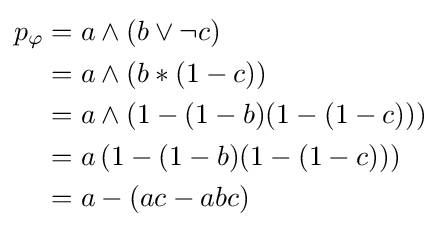
{\begin{aligned}p_{\varphi }&=a\wedge (b\vee \neg c)\\&=a\wedge \left(b*(1-c)\right)\\&=a\wedge \left(1-(1-b)(1-(1-c))\right)\\&=a\left(1-(1-b)(1-(1-c))\right)\\&=a-(ac-abc)\end{aligned}}